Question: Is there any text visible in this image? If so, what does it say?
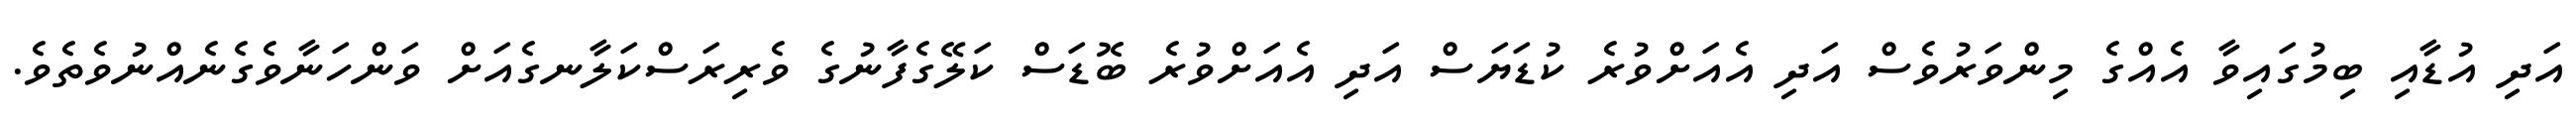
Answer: އަދި އުޑާއި ބިމުގައިވާ އެއްގެ މިންވަރުވެސް އަދި އެއަށްވުރެ ކުޑަޔަސް އަދި އެއަށްވުރެ ބޮޑަސް ކަލޭގެފާނުގެ ވެރިރަސްކަލާނގެއަށް ވަންހަނާވެގެނެއްނުވެތެވެ.